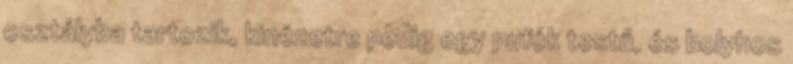
osztályba tartozik, kinézetre pedig egy pufók testű, és bolyhos